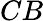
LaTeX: CB